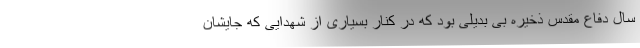
سال دفاع مقدس ذخیره بی بدیلی بود که در کنار بسیاری از شهدایی که جایشان